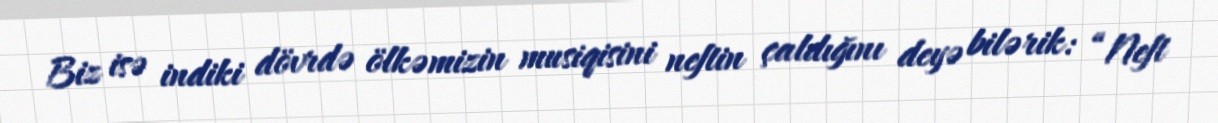
Biz isə indiki dövrdə ölkəmizin musiqisini neftin çaldığını deyə bilərik: “Neft